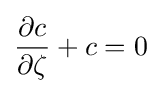
{\frac {\partial c}{\partial \zeta }}+c=0